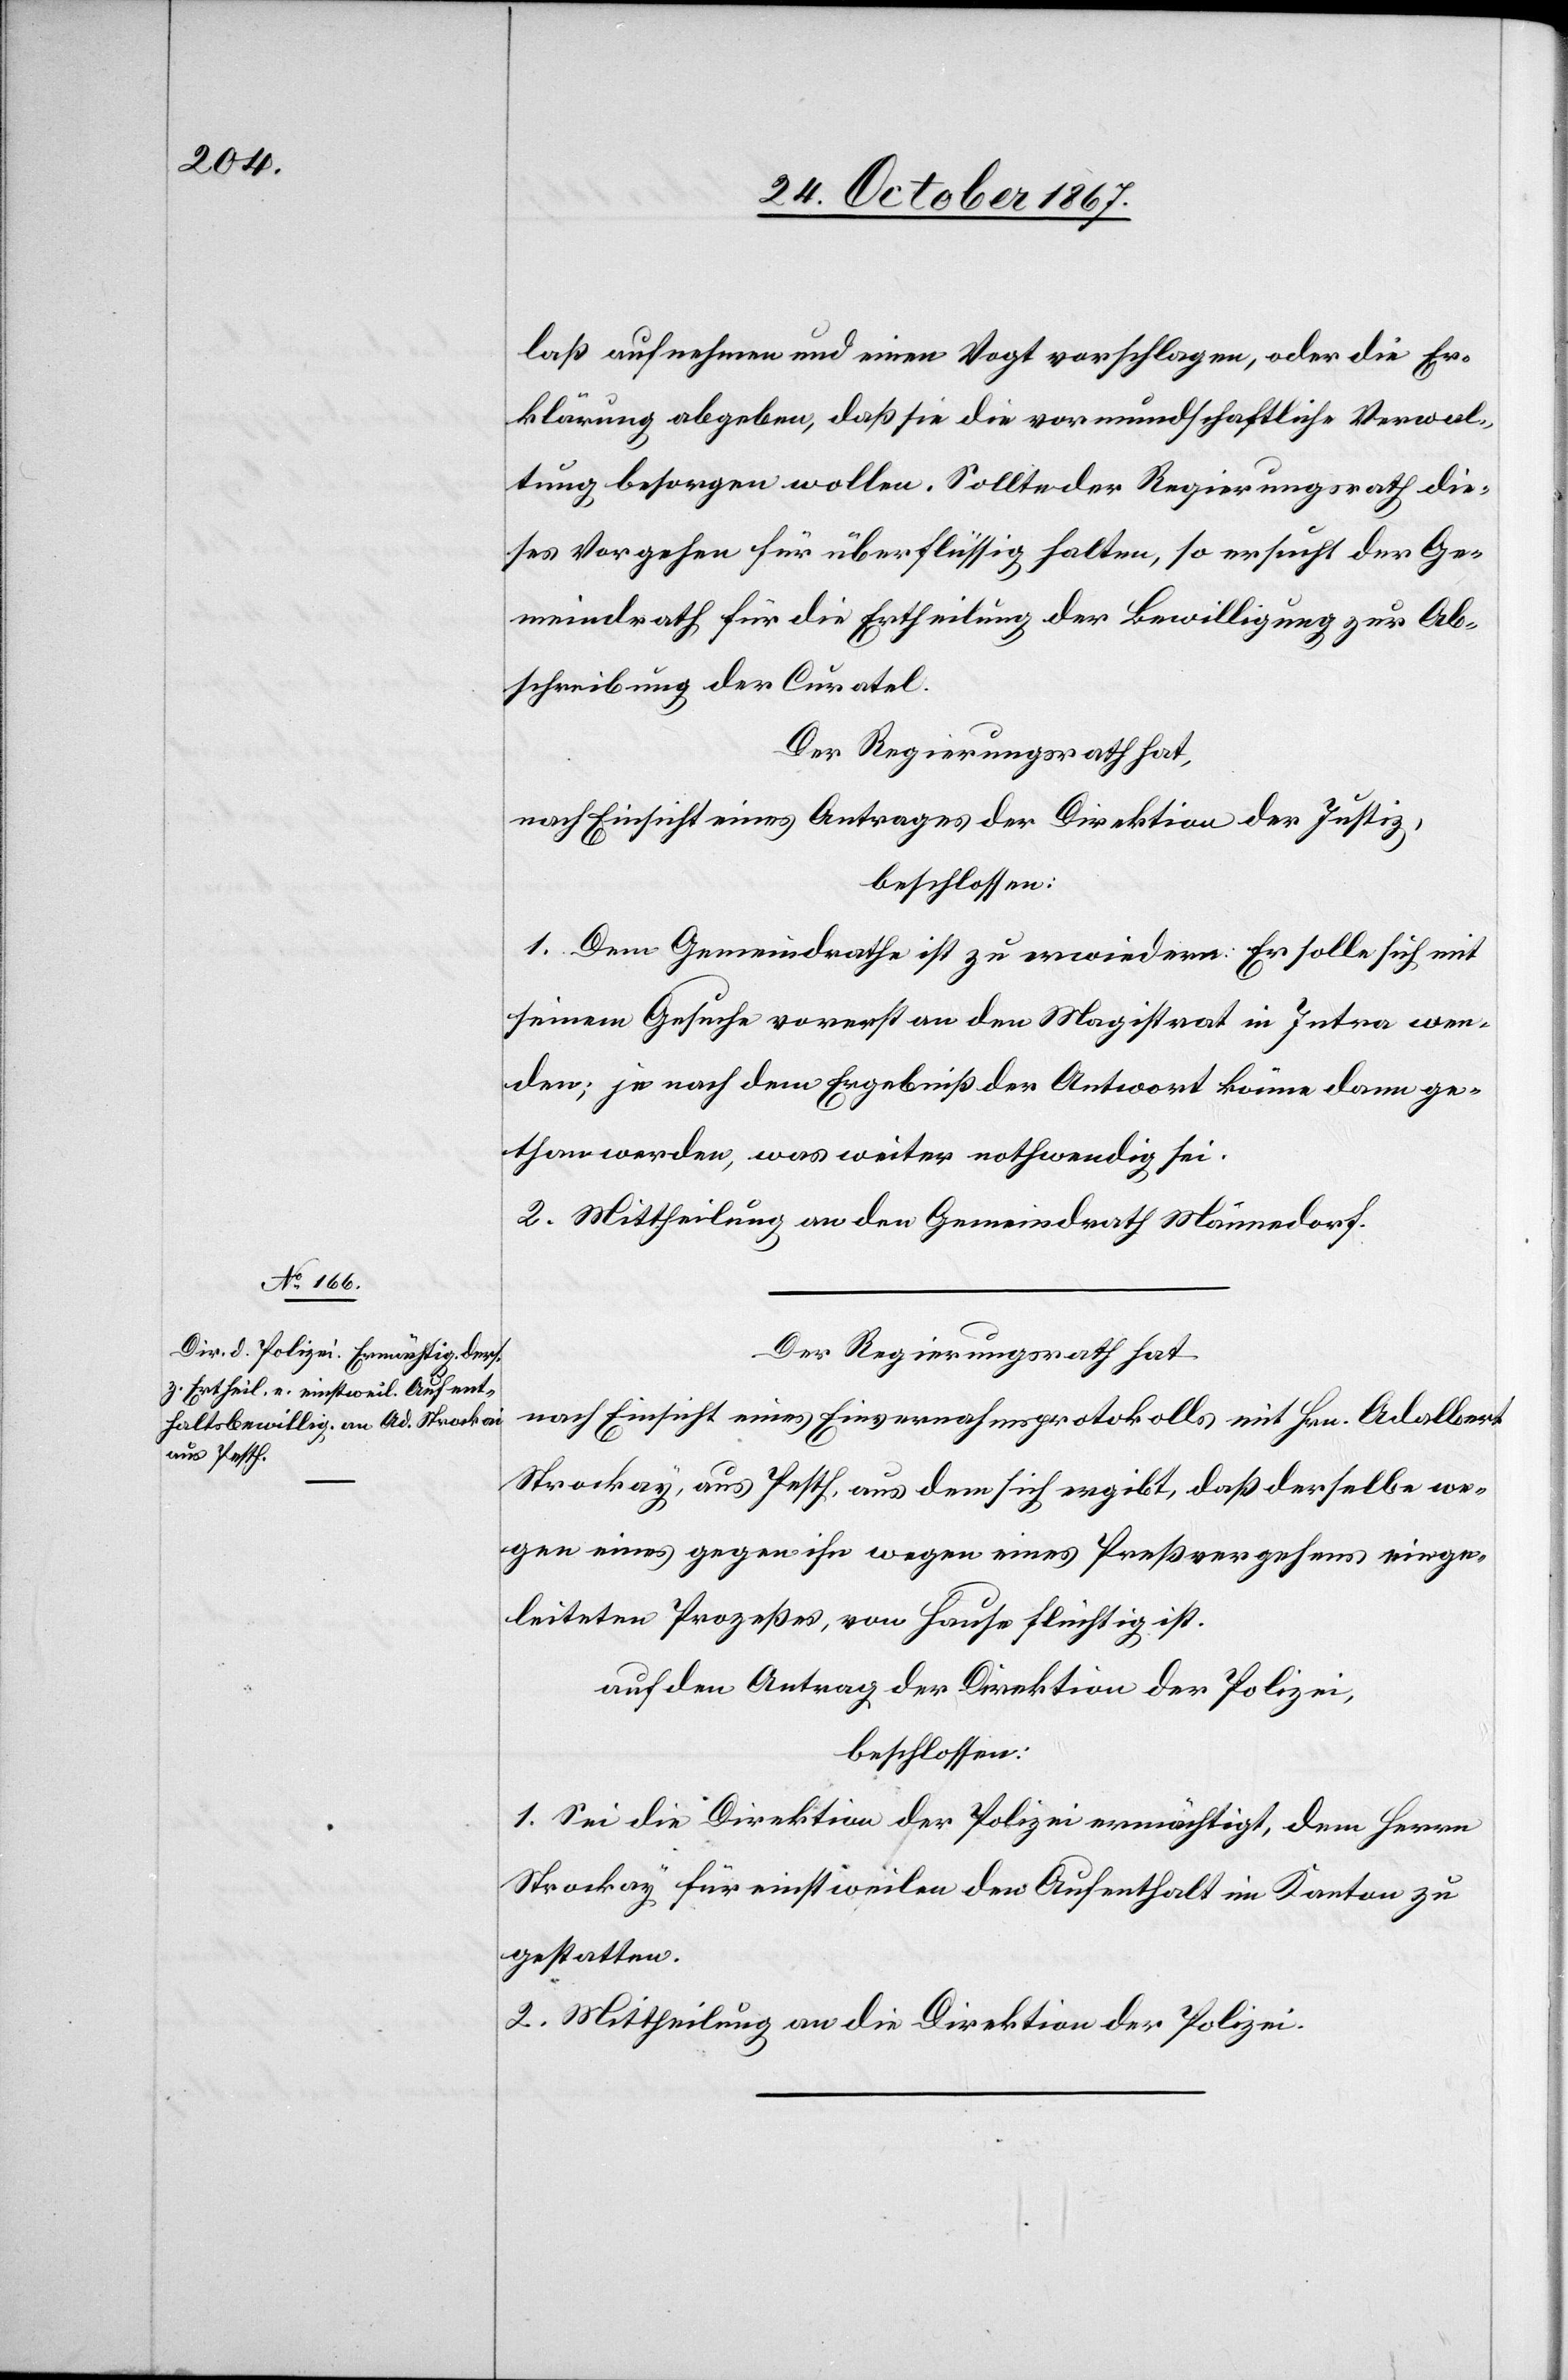
laß aufnehmen und einen Vogt vorschlagen, oder die Er¬
klärung abgeben, daß sie die vormundschaftliche Verwal¬
tung besorgen wollen. Sollte der Regierungsrath die¬
ses Vorgehen für überflüssig halten, so ersucht der Ge¬
meindrath für die Ertheilung der Bewilligung zur Ab¬
schreibung der Curentel.
Der Regierungsrath hat,
nach Einsicht eines Antrages der Direktion der Justiz,
beschlossen:
1. Dem Gemeindrath ist zu erwiedern: Er solle sich mit
seinem Gesuche vorerst an den Magistrat in Intra wen¬
den, je nach dem Ergebniß der Antwort könne dann ge¬
than werden, was weiter nothwendig sei.
2. Mittheilung an den Gemeindrath Männedorf.
Der Regierungsrath hat,
nach Einsicht eines Einvernahmsprotokolls mit Hrn. Adalbert
Strockay, aus Pesth, aus dem sich ergibt, daß derselbe we¬
gen eines gegen ihn wegen eines Preßvergehens einge¬
leiteten Prozeßes, von Haus flüchtig ist,
auf den Antrag der Direktion der Polizei,
beschlossen:
1. Sei die Direktion der Polizei ermächtigt, dem Hrn.
Strockay für einsweilen den Aufenthalt im Kanton zu
gestatten.
2. Mittheilung an die Direktion der Polizei.